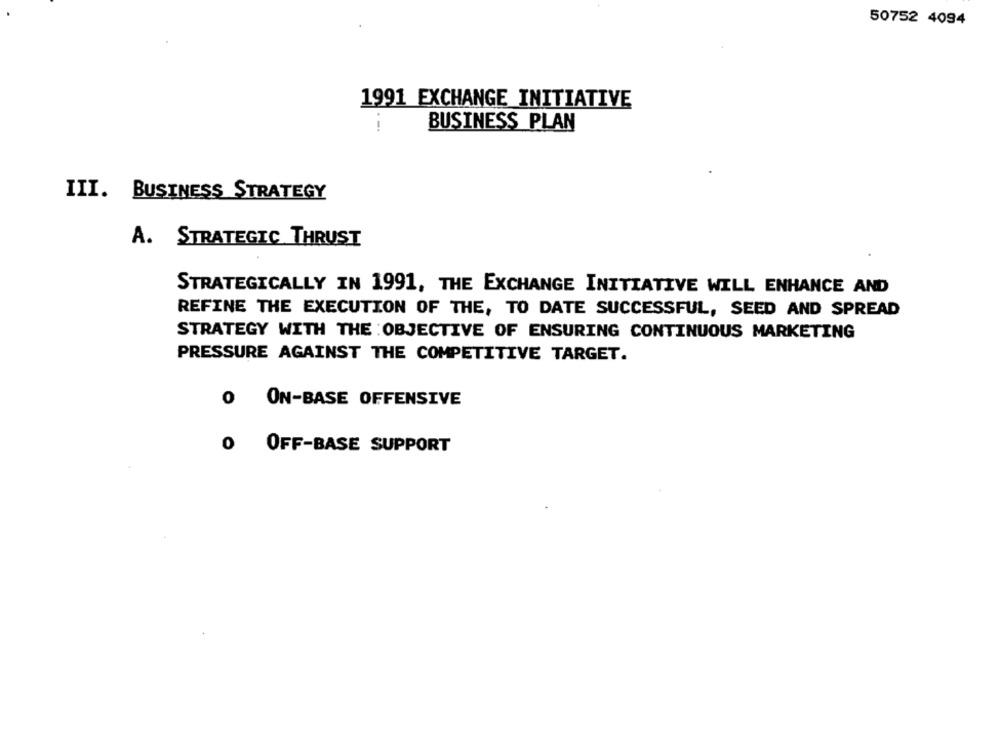
50752 4094
1991 EXCHANGE INITIATIVE
BUSINESS PLAN
- -.
III. BUSINESS STRATEGY
A. STRATEGIC THRUST
STRATEGICALLY IN 1991, THE EXCHANGE INITIATIVE WILL ENHANCE AND
REFINE THE EXECUTION OF THE, TO DATE SUCCESSFUL, SEED AND SPREAD
STRATEGY WITH THE OBJECTIVE OF ENSURING CONTINUOUS MARKETING
PRESSURE AGAINST THE COMPETITIVE TARGET.
0
ON-BASE OFFENSIVE
0
OFF-BASE SUPPORT